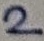
Text: 2